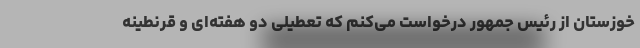
خوزستان از رئیس جمهور درخواست می‌کنم که تعطیلی دو هفته‌ای و قرنطینه